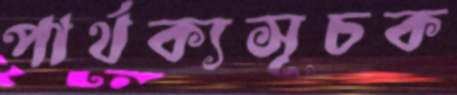
পার্থক্যসূচক